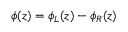
\phi ( z ) = \phi _ { L } ( z ) - \phi _ { R } ( z )